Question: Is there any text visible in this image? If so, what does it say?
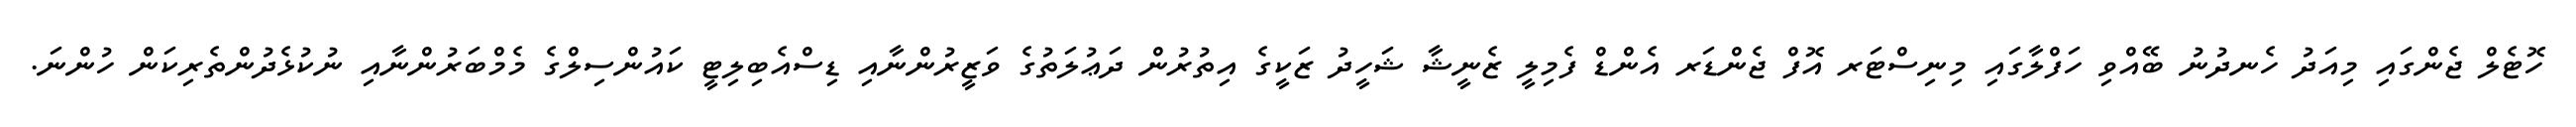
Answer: ހޮޓެލް ޖެންގައި މިއަދު ހެނދުނު ބޭއްވި ހަފްލާގައި މިނިސްޓަރ އޮފް ޖެންޑަރ އެންޑް ފެމިލީ ޒެނީޝާ ޝަހީދު ޒަކީގެ އިތުރުން ދަޢުލަތުގެ ވަޒީރުންނާއި ޑިސްއެބިލިޓީ ކައުންސިލްގެ މެމްބަރުންނާއި ނުކުޅެދުންތެރިކަން ހުންނަ.